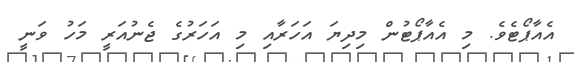
އެއާޕޯޓެވެ. މި އެއާޕޯޓުން މިދިޔަ އަހަރާއި މި އަހަރުގެ ޖެނުއަރީ މަހު ވަނީ